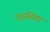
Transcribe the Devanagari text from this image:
लुइसिया